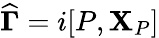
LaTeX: \boldsymbol{\widehat{\Gamma}}={i}[P,{\mathbf{X}}_{P}]